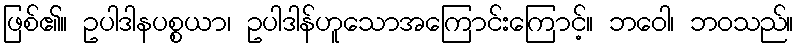
ဖြစ်၏။ ဥပါဒါနပစ္စယာ၊ ဥပါဒါန်ဟူသောအကြောင်းကြောင့်။ ဘဝေါ၊ ဘဝသည်။